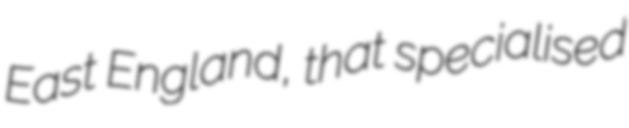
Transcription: East England, that specialised